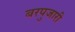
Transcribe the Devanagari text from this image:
बरपुजारी